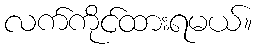
လက်ကိုင်ထားရမယ်။